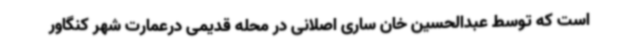
است که توسط عبدالحسین خان ساری اصلانی در محله قدیمی درعمارت شهر کنگاور